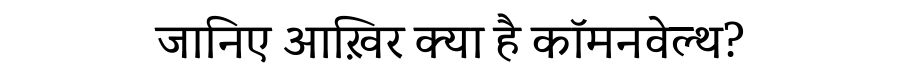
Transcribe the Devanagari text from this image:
जानिए आख़िर क्या है कॉमनवेल्थ?